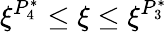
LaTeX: \xi^{P_{4}^{*}}\leq\xi\leq\xi^{P_{3}^{*}}